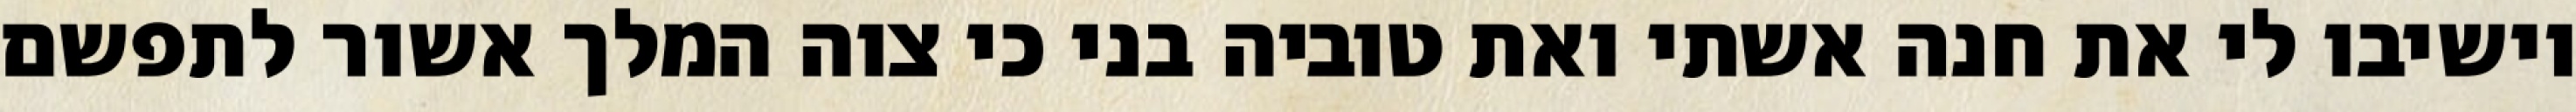
וישיבו לי את חנה אשתי ואת טוביה בני כי צוה המלך אשור לתפשם